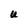
Character: U